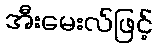
အီးမေးလ်ဖြင့်